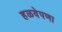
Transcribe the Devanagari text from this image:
हळवेपणा